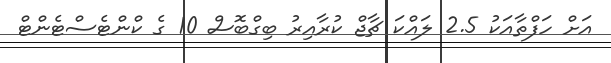
އަށް ހަފްތާއަކު 2.5 ލައްކަ ޗާޖް ކުރާއިރު ބިގްބޮސް 10 ގެ ކްންޓެސްޓެންޓް